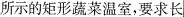
所示的矩形蔬菜温室，要求长